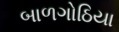
બાળગોઠિયા